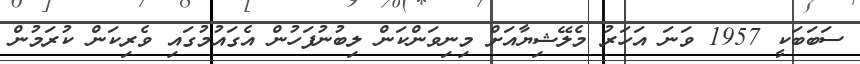
ސަބަބަކީ 1957 ވަނަ އަހަރު މެލޭޝިޔާއަށް މިނިވަންކަން ލިބުނުފަހުން އެގައުމުގައި ވެރިކަން ކުރަމުން